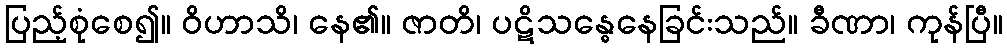
ပြည့်စုံစေ၍။ ဝိဟာသိ၊ နေ၏။ ဇာတိ၊ ပဋိသန္ဓေနေခြင်းသည်။ ခီဏာ၊ ကုန်ပြီ။